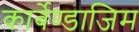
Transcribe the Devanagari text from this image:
कार्बेण्डाजिम